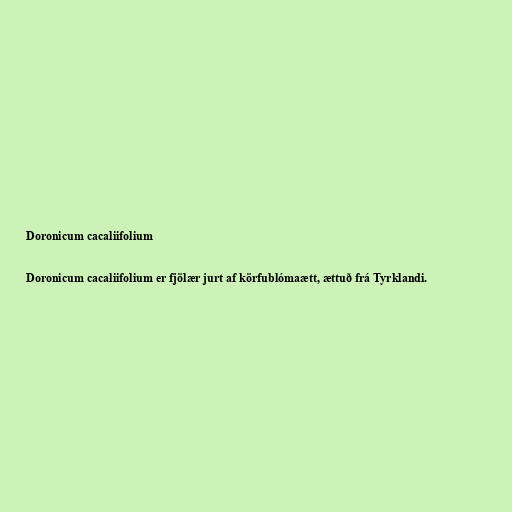
Doronicum cacaliifolium

Doronicum cacaliifolium er fjölær jurt af körfublómaætt, ættuð frá Tyrklandi.